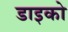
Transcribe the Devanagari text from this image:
डाइको